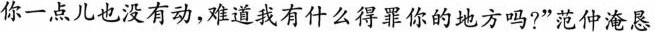
你一点儿也没有动，难道我有什么得罪你的地方吗?”范仲淹恳